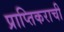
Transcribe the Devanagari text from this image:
प्राप्तिकराची